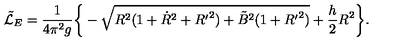
{ \tilde { \cal L } _ { E } } = \frac { 1 } { 4 \pi ^ { 2 } g } \bigg \{ - \sqrt { R ^ { 2 } ( 1 + { \dot { R } } ^ { 2 } + { R ^ { \prime } } ^ { 2 } ) + { \tilde { B } } ^ { 2 } ( 1 + { R ^ { \prime } } ^ { 2 } ) } + \frac { h } { 2 } R ^ { 2 } \bigg \} .